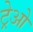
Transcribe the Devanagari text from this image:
ट्रेओ